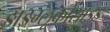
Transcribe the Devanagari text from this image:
डाइग्लूकोसाइड